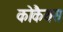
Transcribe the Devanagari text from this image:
कोकैयस